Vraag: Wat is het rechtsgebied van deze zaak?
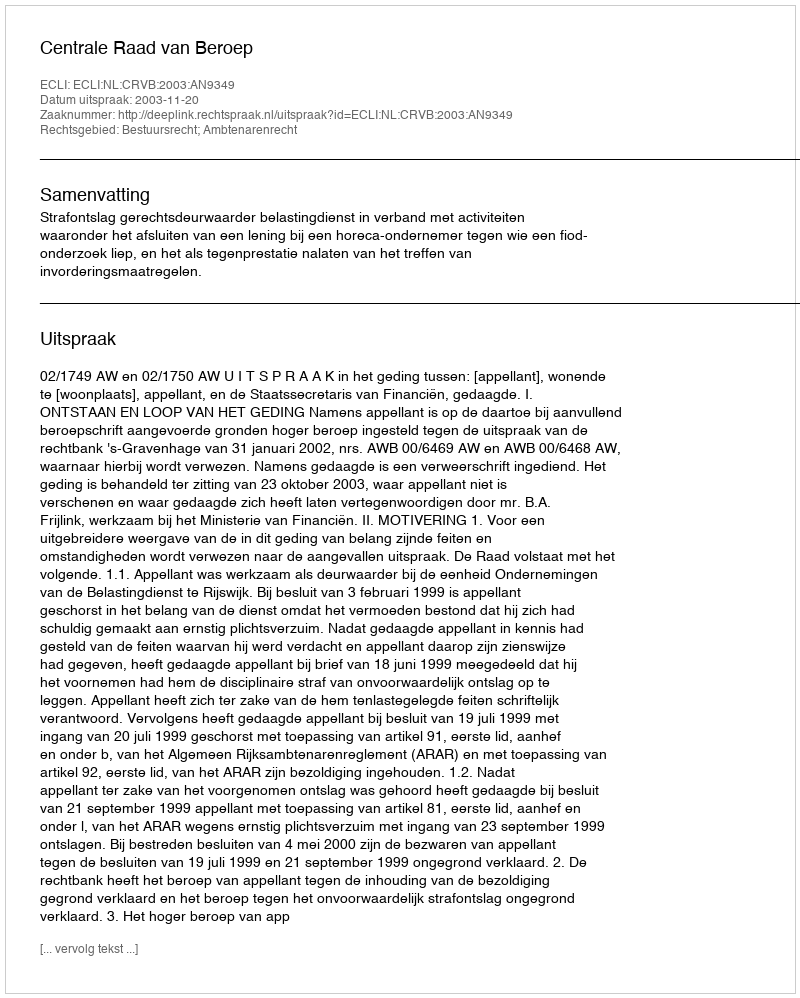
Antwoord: Bestuursrecht; Ambtenarenrecht